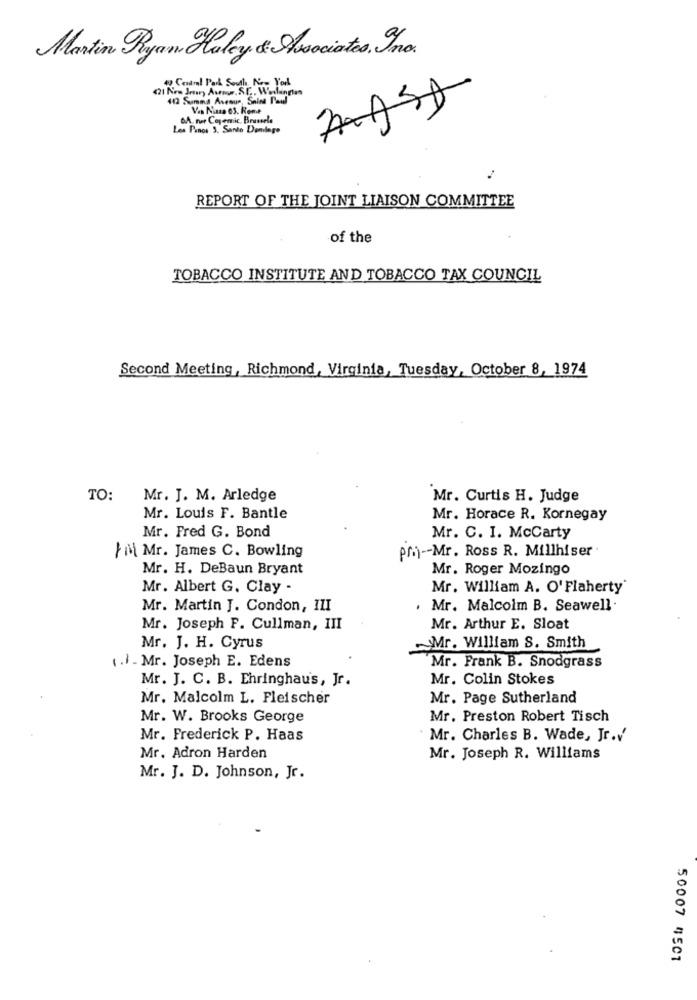
Martin Ryan Haley & Asociates. Ino.
4) Central Park South New York
421 New Jrory Aunom, S.C ., Waslington
112 Sumnd Avenue, Saint Paul
Vos Naza 63. Rome
GA. net Copemic. Browsela
Les Panos 3. Santo Denlego
REPORT OF THE JOINT LIAISON COMMITTEE
of the
TOBACCO INSTITUTE AND TOBACCO TAX COUNCIL
Second Meeting, Richmond, Virginia, Tuesday, October 8, 1974
TO:
Mr. J. M. Arledge
Mr. Curtis H. Judge
Mr. Louis F. Bantle
Mr. Horace R. Kornegay
Mr. Fred G. Bond
Mr. C. I. McCarty
Fi Mr. James C. Bowling
Pri)-Mr. Ross R. Millhiser
Mr. H. DeBaun Bryant
Mr. Roger Mozingo
Mr. Albert G. Clay -
Mr. William A. O'Flaherty'
Mr. Martin J. Condon, III
, Mr. Malcolm B. Seawell .
Mr. Joseph F. Cullman, III
Mr. Arthur E. Sloat
Mr. J. H. Cyrus
Mr. William S. Smith
(.) - Mr. Joseph E. Edens
Mr. Frank B. Snodgrass
Mr. J. C. B. Ehringhau's, Jr.
Mr. Colin Stokes
Mr. Malcolm L. Fleischer
Mr. Page Sutherland
Mr. W. Brooks George
Mr. Preston Robert Tisch
Mr. Frederick P. Haas
Mr. Charles B. Wade, Jr.v'
Mr. Adron Harden
Mr. Joseph R. Williams
Mr. J. D. Johnson, Jr.
50007 4501